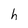
Character: h